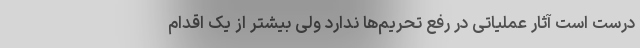
درست است آثار عملیاتی در رفع تحریم‌ها ندارد ولی بیشتر از یک اقدام